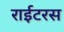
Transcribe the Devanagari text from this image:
राईटरस